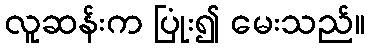
လူဆန်းက ပြုံး၍ မေးသည်။